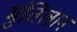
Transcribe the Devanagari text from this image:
मुंतिलान